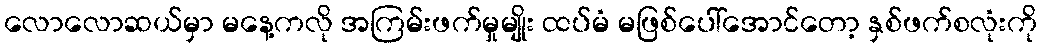
လောလောဆယ်မှာ မနေ့ကလို အကြမ်းဖက်မှုမျိုး ထပ်မံ မဖြစ်ပေါ်အောင်တော့ နှစ်ဖက်စလုံးကို